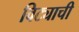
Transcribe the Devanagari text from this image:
विट्याची